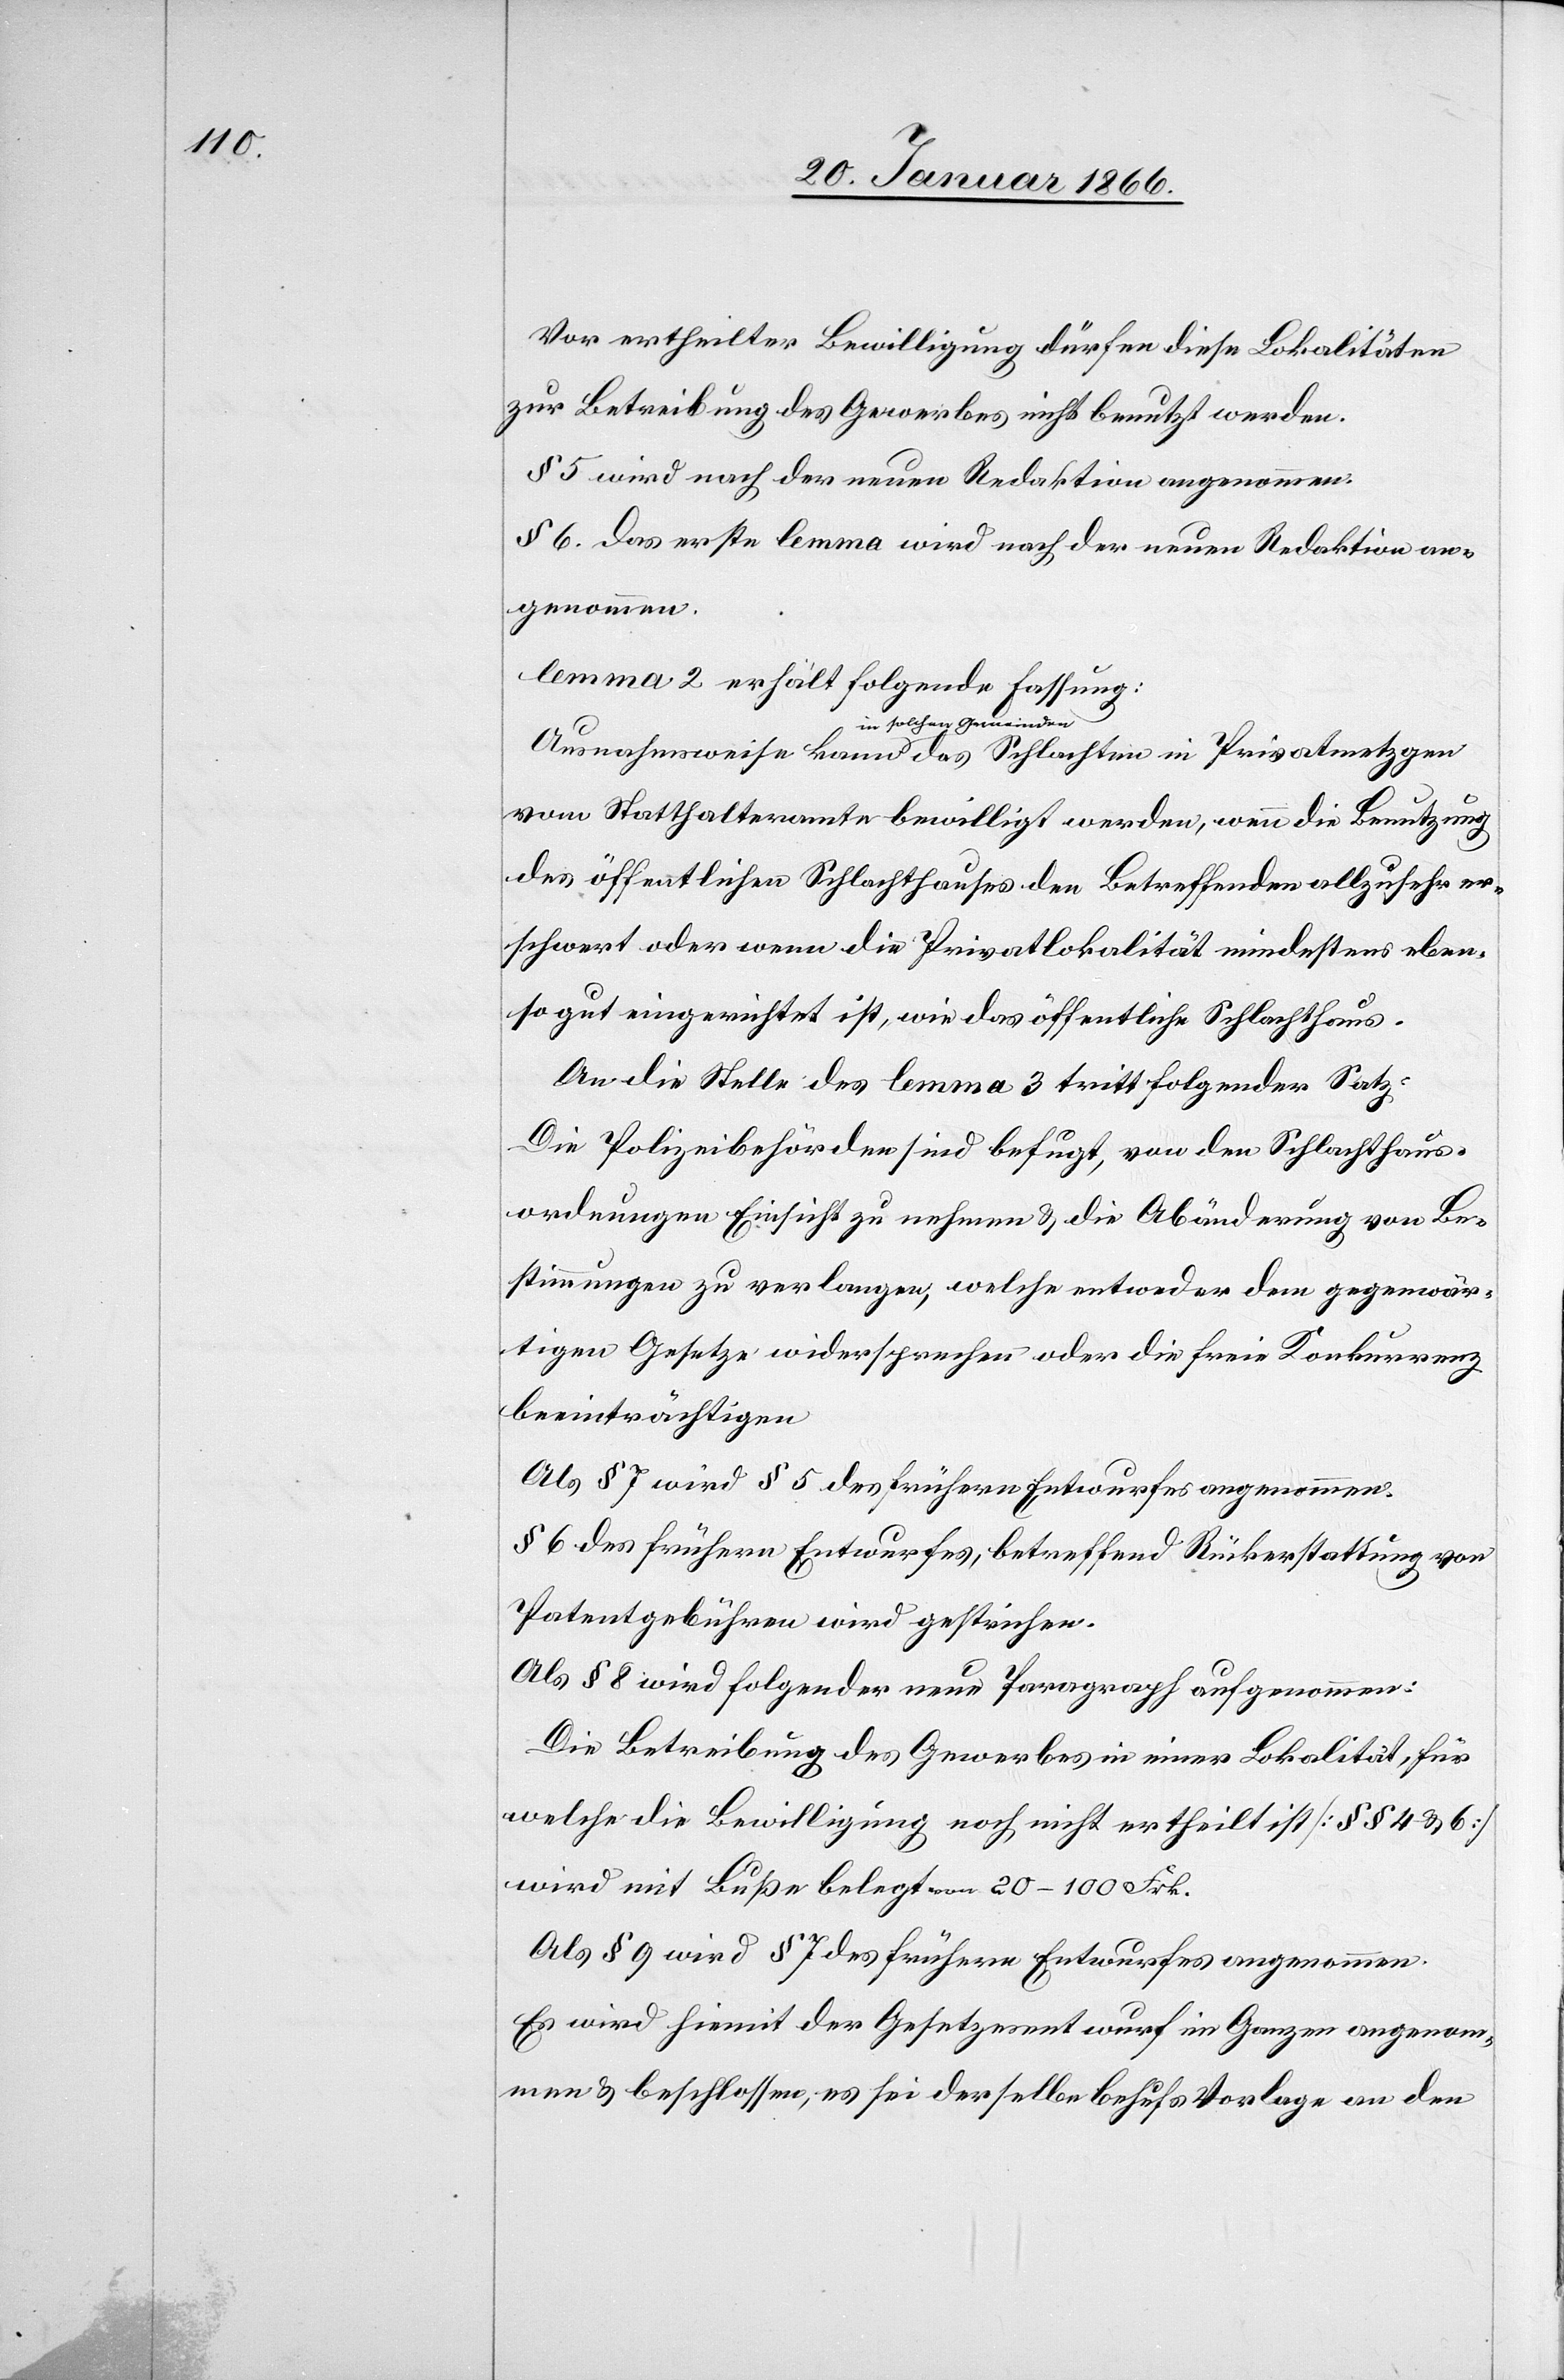
Vor ertheilter Bewilligung dürfen diese Lokalitäten
zur Betreibung des Gewerbes nicht benutzt werden.
§ 5 wird nach der neuen Fassung angenommen.
§ 6. das erste Lemma wird nach der neuen Redaktion an¬
genommen.
Lemma 2 erhält folgende Fassung:
in solchen Gemeinden
vom Statthalteramte bewilligt werden, wenn die Benutzung
des öffentlichen Schlachthauses den Betreffenden allzusehr er¬
schwert oder wenn die Privatlokalität mindestens eben¬
so gut eingerichtet ist, wie das öffentliche Schlachthaus.
An die Stelle des Lemma 3 tritt folgender Satz:
Die Polizeibehörden sind befugt, von den Schlachthaus¬
ordnungen Einsicht zu nehmen u. die Abänderung von Be¬
stimmungen zu verlangen, welche entweder dem gegenwär¬
tigen Gesetze widersprechen oder die freie Konkurrenz
beeinträchtigen.
Als § 7 wird § 5 des frühern Entwurfes angenommen.
§ 6 des frühern Entwurfes, betreffend Rückerstattung von
Patentgebühren wird gestrichen.
Als § 8 wird folgender neue Paragraph aufgenommen:
Die Betreibung des Gewerbes in einer Lokalität, für
welche die Bewilligung noch nicht ertheilt ist [§§ 4 & 6]
wird mit Buße belegt von 20–100 Frk.
Als § 9 wird § 7 des frühern Entwurfes angenommen.
Es wird hiemit der Gesetzesentwurf im Ganzen angenom¬
men u. beschlossen, es sei derselbe behufs Vorlage an den